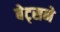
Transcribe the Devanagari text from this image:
बेट्सने